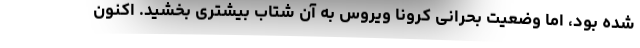
شده بود، اما وضعیت بحرانی کرونا ویروس به آن شتاب بیشتری بخشید. اکنون